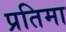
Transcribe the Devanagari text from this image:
प्रतिमा